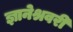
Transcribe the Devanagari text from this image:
ज्ञानेश्रवरी